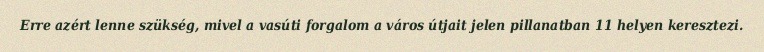
Erre azért lenne szükség, mivel a vasúti forgalom a város útjait jelen pillanatban 11 helyen keresztezi.